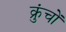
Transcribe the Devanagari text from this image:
क्रुंचों